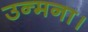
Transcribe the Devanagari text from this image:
उन्मना।